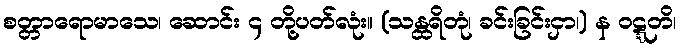
စတ္တာရောမာသေ၊ ဆောင်း ၄ တို့ပတ်လုံး။ (သန္ထရိတုံ၊ ခင်းခြင်းငှာ၊) န ဝဋ္ဋတိ၊